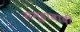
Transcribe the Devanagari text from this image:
समूहावादी